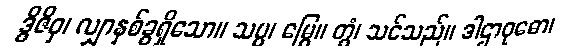
ဒွိဇိဝှ၊ လျှာနှစ်ခွရှိသော။ သပ္ပ၊ မြွေ။ တွံ၊ သင်သည်။ ဒါဌာဝုဓော၊